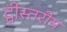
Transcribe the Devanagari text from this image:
द्वीस्तरीय